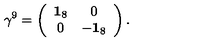
\gamma ^ { 9 } = \left( \begin{array} { c c } { { \bf 1 } _ { 8 } } & { 0 } \\ { 0 } & { - { \bf 1 } _ { 8 } } \\ \end{array} \right) .